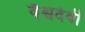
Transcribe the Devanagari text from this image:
वैश्वदेवी